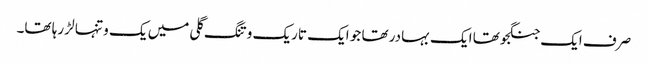
صرف ایک جنگجو تھا ایک بہادر تھا جو ایک تاریک و تنگ گلی میں یک و تنہا لڑ رہا تھا۔